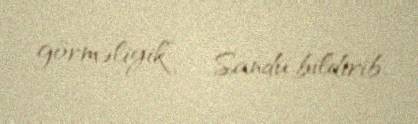
görməliyik”, - Sandu bildirib.